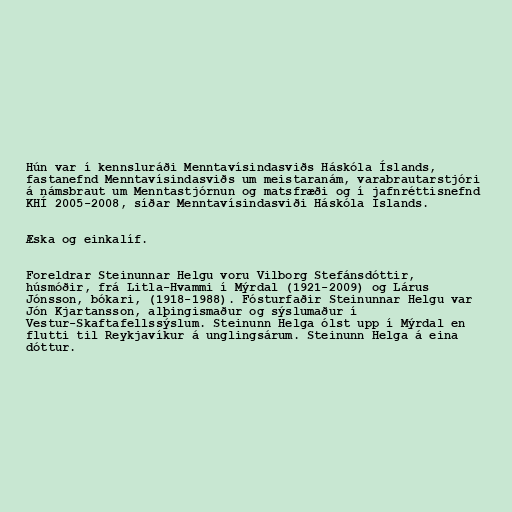
Hún var í kennsluráði Menntavísindasviðs Háskóla Íslands,
fastanefnd Menntavísindasviðs um meistaranám, varabrautarstjóri
á námsbraut um Menntastjórnun og matsfræði og í jafnréttisnefnd
KHÍ 2005-2008, síðar Menntavísindasviði Háskóla Íslands.

Æska og einkalíf.

Foreldrar Steinunnar Helgu voru Vilborg Stefánsdóttir,
húsmóðir, frá Litla-Hvammi í Mýrdal (1921-2009) og Lárus
Jónsson, bókari, (1918-1988). Fósturfaðir Steinunnar Helgu var
Jón Kjartansson, alþingismaður og sýslumaður í
Vestur-Skaftafellssýslum. Steinunn Helga ólst upp í Mýrdal en
flutti til Reykjavíkur á unglingsárum. Steinunn Helga á eina
dóttur.